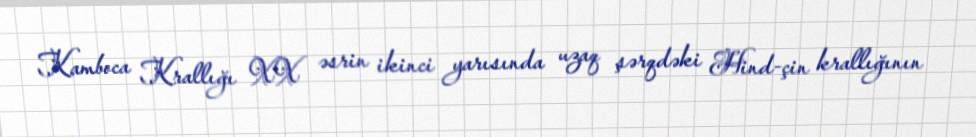
Kamboca Krallığı XX əsrin ikinci yarısında uzaq şərqdəki Hind-çin krallığının